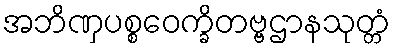
အဘိဏှပစ္စဝေက္ခိတဗ္ဗဌာနသုတ္တံ